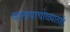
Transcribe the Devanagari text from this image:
पालापाचोळ्यातही